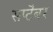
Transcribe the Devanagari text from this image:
सप्टॆंबर